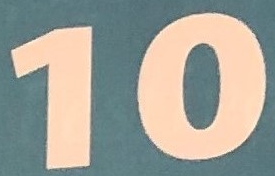
10